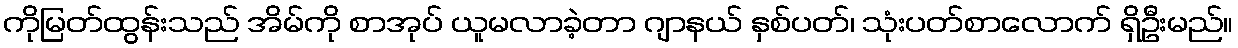
ကိုမြတ်ထွန်းသည် အိမ်ကို စာအုပ် ယူမလာခဲ့တာ ဂျာနယ် နှစ်ပတ်၊ သုံးပတ်စာလောက် ရှိဦးမည်။